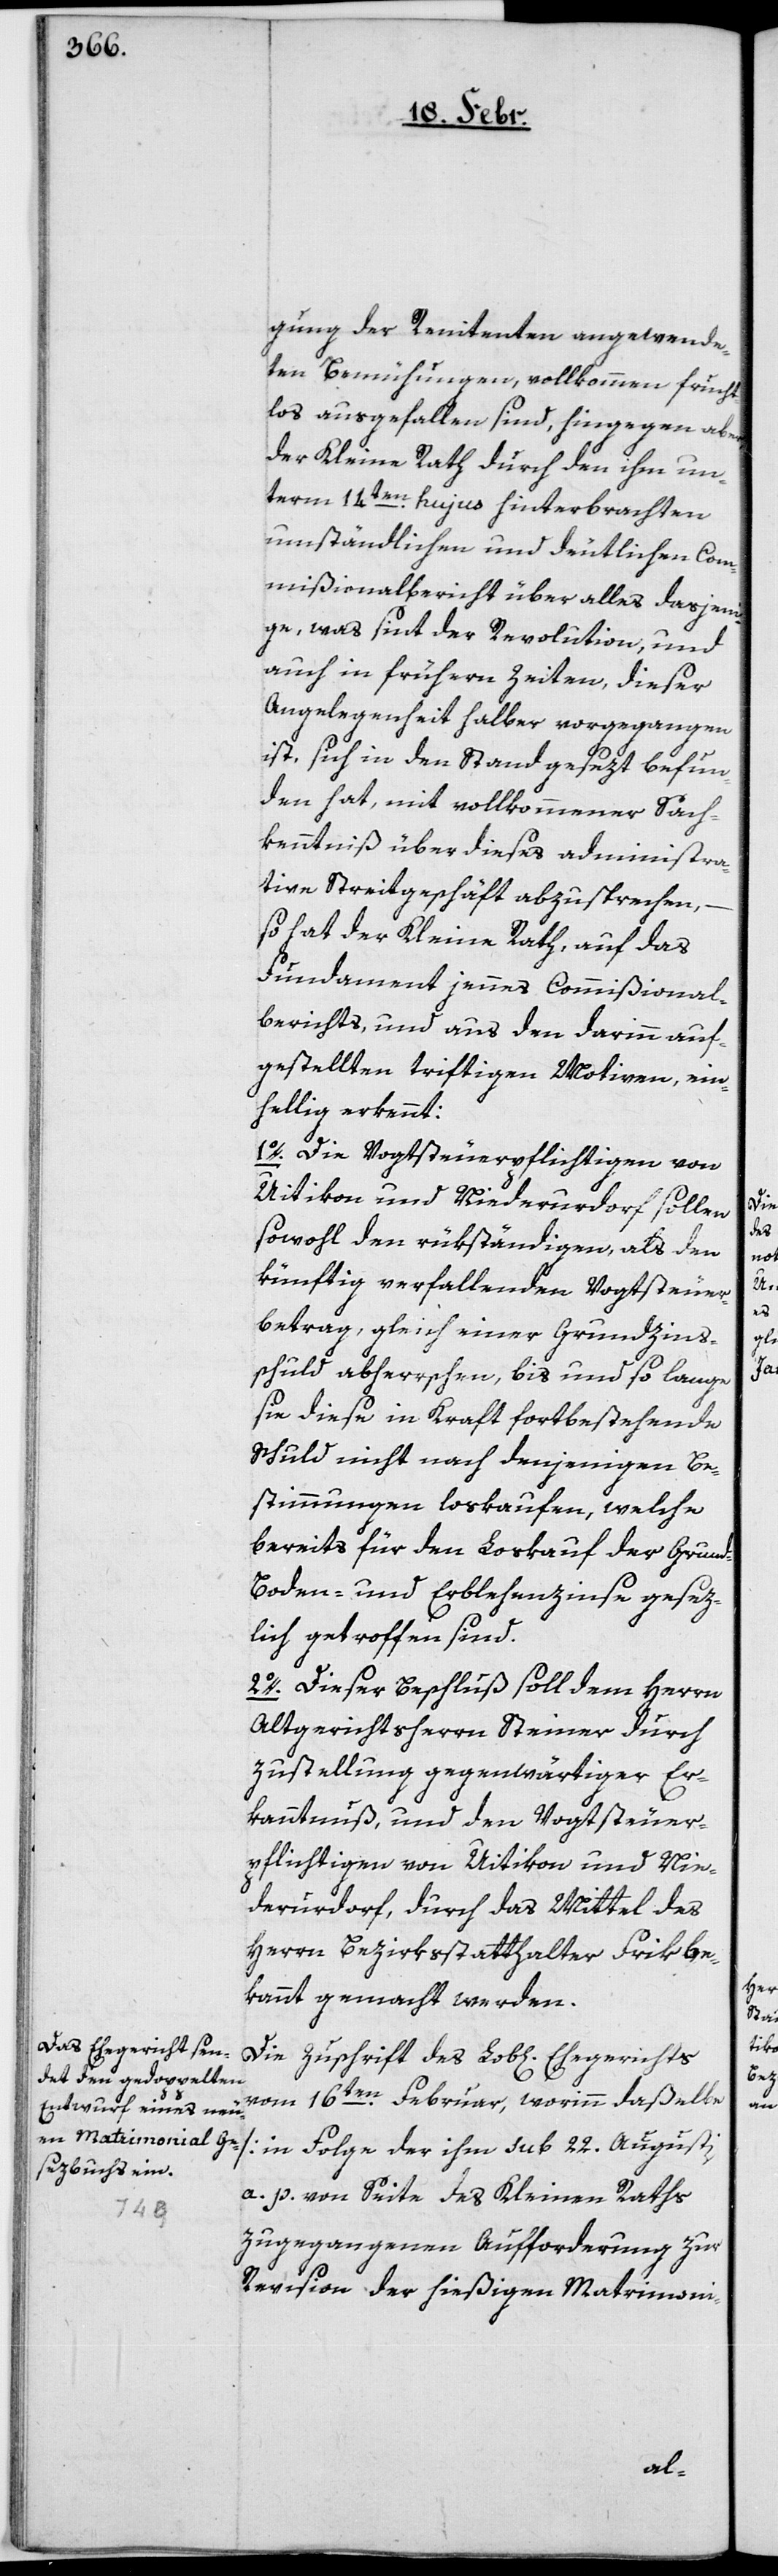
gung der Renitenten angewende¬
ten Bemühungen, vollkommen frucht¬
los ausgefallen sind, hingegen aber,
der Kleine Rath durch den ihn un¬
term 14ten. hujus hinterbrachten
umständlichen und deutlichen Com¬
mißionalbericht über alles dasjeni¬
ge, was sint der Revolution, und
auch in frühern Zeiten, dieser
Angelegenheit halber vorgegangen
ist, sich in den Stand gesezt befun¬
den hat, mit vollkommener Sach¬
kenntniß über dieses administra¬
tive Streitgeschäft abzusprechen,
so hat der Kleine Rath, auf das
Fundament jennes Commißional¬
berichts, und aus den darinn auf¬
gestellten triftigen Motiven, ein¬
hellig erkennt:
1o. Die Vogtsteuerpflichtigen von
Uitikon und Niederurdorf sollen
sowohl den rükständigen als den
künftig verfallenden Vogtsteuer¬
betrag, gleich einer Gundzins¬
schuld abherrschen, bis und so lang¬
e diese in Kraft fortbestehende
Schuld nicht nach denjenigen Be¬
stimmungen loskaufen, welche
bereits für den Loskauf der Grund-,
Boden- und Erblehenzinse gesez¬
lich getroffen sind.
2o. Dieser Beschluß soll dem Herrn
Altgerichtsherrn Steiner durch
Zustellung gegenwärtiger Er¬
kanntnuß, und den Vogtsteuer¬
pflichtigen von Uitikon und Nie¬
derurdorf durch das Mittel des
Herrn Bezirksstatthalter Frik be¬
kannt gemacht werden.
Die Zuschrift des Lob[lichen] Ehegerichts
vom 16ten. Februar, worinn daßelbe
a. p. von Seite des Kleinen Raths
zugegangenen Aufforderung zur
Revision der hießigen Matrimoni-